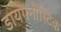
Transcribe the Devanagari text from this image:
डायगनौस्टिक